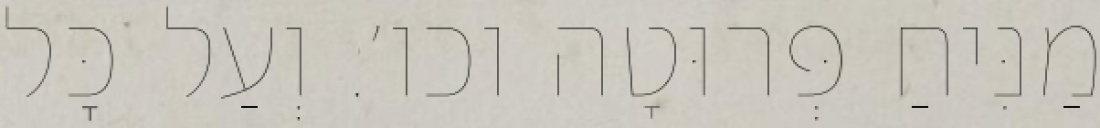
מַנִּיחַ פְּרוּטָה וכו׳. וְעַל כׇּל